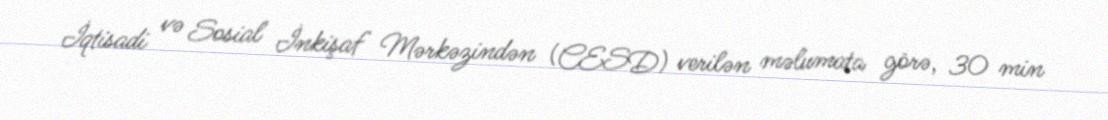
İqtisadi və Sosial İnkişaf Mərkəzindən (CESD) verilən məlumata görə, 30 min